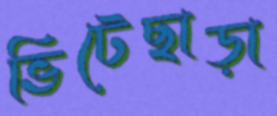
ভিটেছাড়া